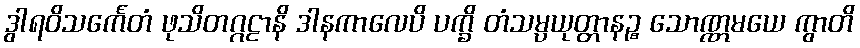
ဒွါရဝိသင်္ကေတံ ဖုသိတဂ္ဂဠာနိ ဒါနကာလေပိ ပက္ခိ တံသမ္ပယုတ္တာနဉ္စ သောဏ္ဏမယေ ကွာတိ